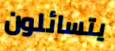
يتسائلون